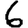
Digit: 6